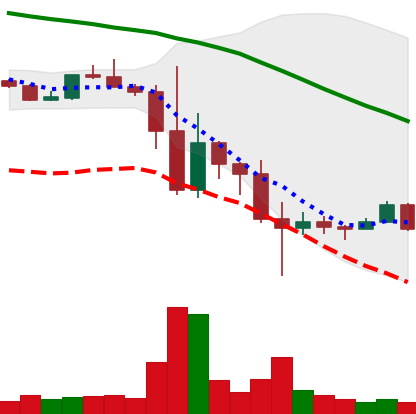
Ticker: TRX-USD
Chart end date: 2022-11-20
Forward return: 5.834%
Label: up_5_7